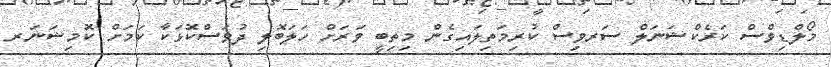
މޯލްޑިވްސް ކަރެކްޝަނަލް ސަރވިސް ކުރިމަތިލައިގެން މިތިބީ ވަރަށް ހަލަބޮލި ދުވަސްކޮޅަކާ ކަމަށް ކޮމިޝަނަރ